Leprosy in India: report of the Leprosy Commission in India, 1890-91
Year: 1890
Disease focus: Leprosy
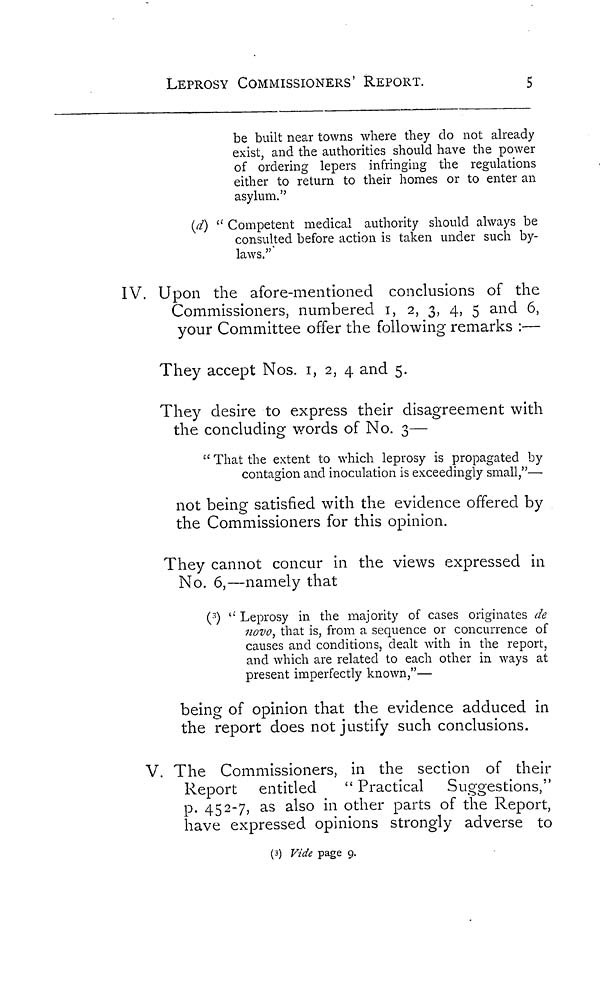
LEPROSY COMMISSIONERS' REPORT.
5
be built near towns where they do not already
exist, and the authorities should have the power
of ordering lepers infringing the regulations
either to return to their homes or to enter an
asylum."
(d) " Competent medical authority should always be
consulted before action is taken under such by-
laws.""
IV. Upon the afore-mentioned conclusions of the
Commissioners, numbered I, 2, 3, 4, 5 and 6,
your Committee offer the following remarks :—
They accept Nos. 1, 2, 4 and 5.
They desire to express their disagreement with
the concluding words of No. 3—
" That the extent to which leprosy is propagated by
contagion and inoculation is exceedingly small,"—
not being satisfied with the evidence offered by
the Commissioners for this opinion.
They cannot concur in the views expressed in
No. 6,— namely that
( 3 ) " Leprosy in the majority of cases originates de
novo, that is, from a sequence or concurrence of
causes and conditions, dealt with in the report,
and which are related to each other in ways at
present imperfectly known,"—
being of opinion that the evidence adduced in
the report does not justify such conclusions.
V. The Commissioners, in the section of their
Report entitled
" Practical Suggestions,"
p. 452-7, as also in other parts of the Report,
have expressed opinions strongly adverse to
(3) Vide page 9.